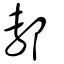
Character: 鄟